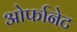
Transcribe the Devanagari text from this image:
ओर्फानेट